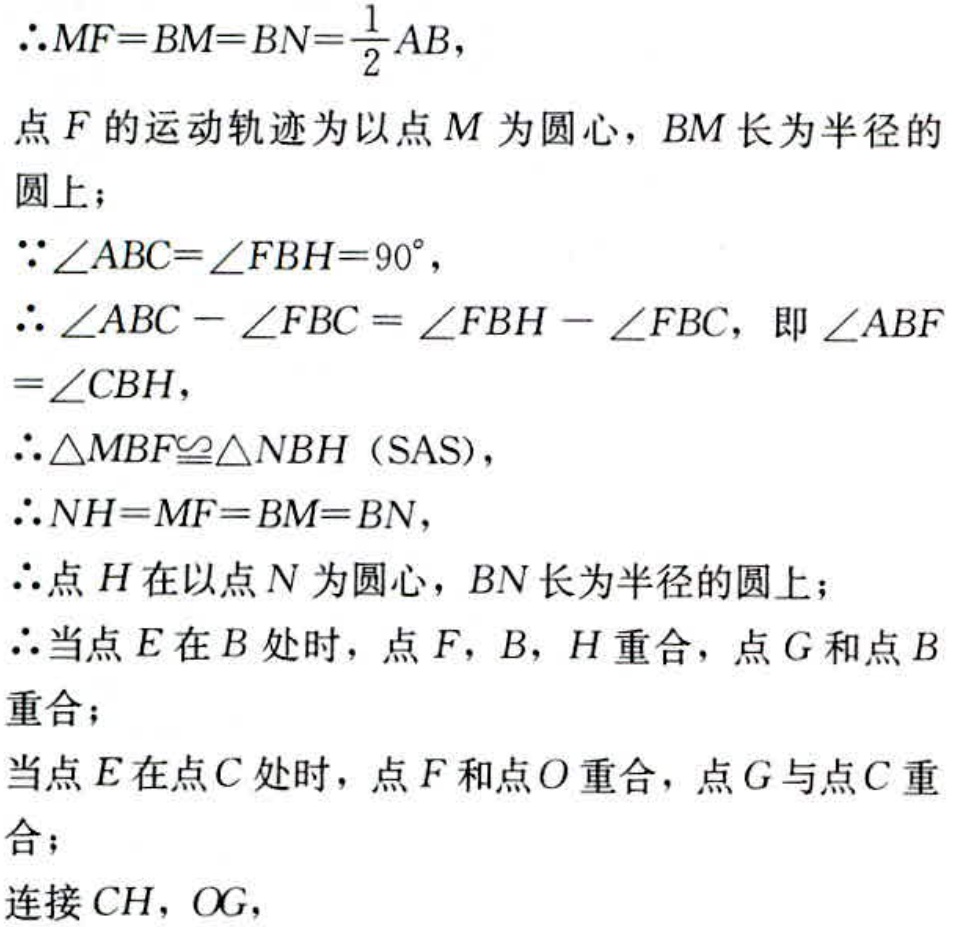
\(\therefore MF = BM = BN=\frac{1}{2}AB,\)
点\(F\)的运动轨迹为以点\(M\)为圆心，\(BM\)长为半径的
圆上；
\(\because\angle ABC=\angle FBH = 90^{\circ},\)
\(\therefore\angle ABC-\angle FBC=\angle FBH - \angle FBC\)，即\(\angle ABF\)
\(=\angle CBH,\)
\(\therefore\triangle MBF\cong\triangle NBH\)（SAS），
\(\therefore NH = MF = BM = BN,\)
\(\therefore\)点\(H\)在以点\(N\)为圆心，\(BN\)长为半径的圆上；
\(\therefore\)当点\(E\)在\(B\)处时，点\(F\)，\(B\)，\(H\)重合，点\(G\)和点\(B\)
重合；
当点\(E\)在点\(C\)处时，点\(F\)和点\(O\)重合，点\(G\)与点\(C\)重
合；
连接\(CH\)，\(OG\)，